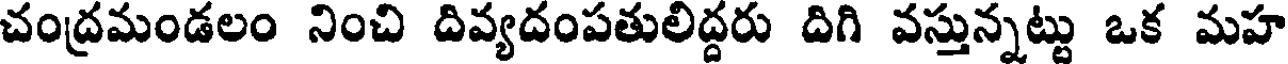
చంద్రమండలం నించి దివ్యదంపతులిద్దరు దిగి వస్తున్నట్టు ఒక మహ